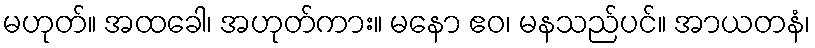
မဟုတ်။ အထခေါ၊ အဟုတ်ကား။ မနော ဧဝ၊ မနသည်ပင်။ အာယတနံ၊